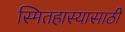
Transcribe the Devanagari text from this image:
स्मितहास्यासाठी